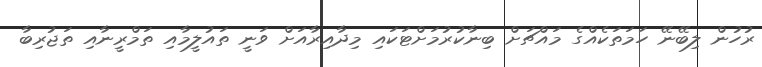
ރުހުން ލިބޭނޭ ހަމަތަކެއްގެ މައްޗަށް ބިނާކުރުމަށްޓަކައި މިދާއިރާއަށް ވަނީ ތައުލީމާއި ތަމްރީނާއި ތަޖުރިބާ